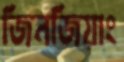
জিনজিয়াং